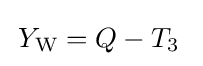
\,Y_{\rm {W}}=Q-T_{3}~